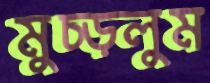
মুচ্‌ড়লুম